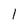
Character: 1